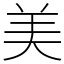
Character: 美